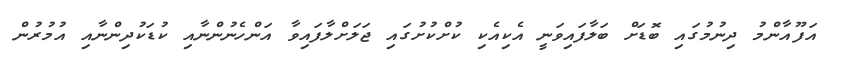
އަފޫއާންމު ދިނުމުގައި ބޮޑަށް ބަލާފައިވަނީ އެކިއެކި ކުށްކުށުގައި ޖަލަށްލާފައިވާ އަންހެނުންނާއި ކުޑަކުދިންނާއި އުމުރުން